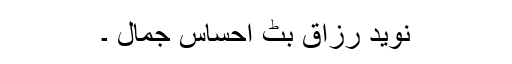
نوید رزاق بٹ احساسِ جمال ۔